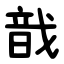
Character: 戠